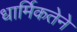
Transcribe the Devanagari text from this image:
धार्मिकतेने